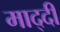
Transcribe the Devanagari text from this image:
माद्दी